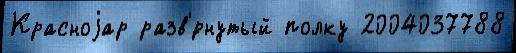
Красноjар разв'́рнутый полку 2004037788